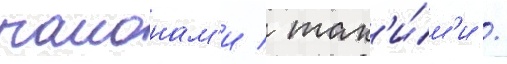
раионам'и / так'и́м'и /